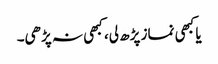
یا کبھی نماز پڑھ لی، کبھی نہ پڑھی۔